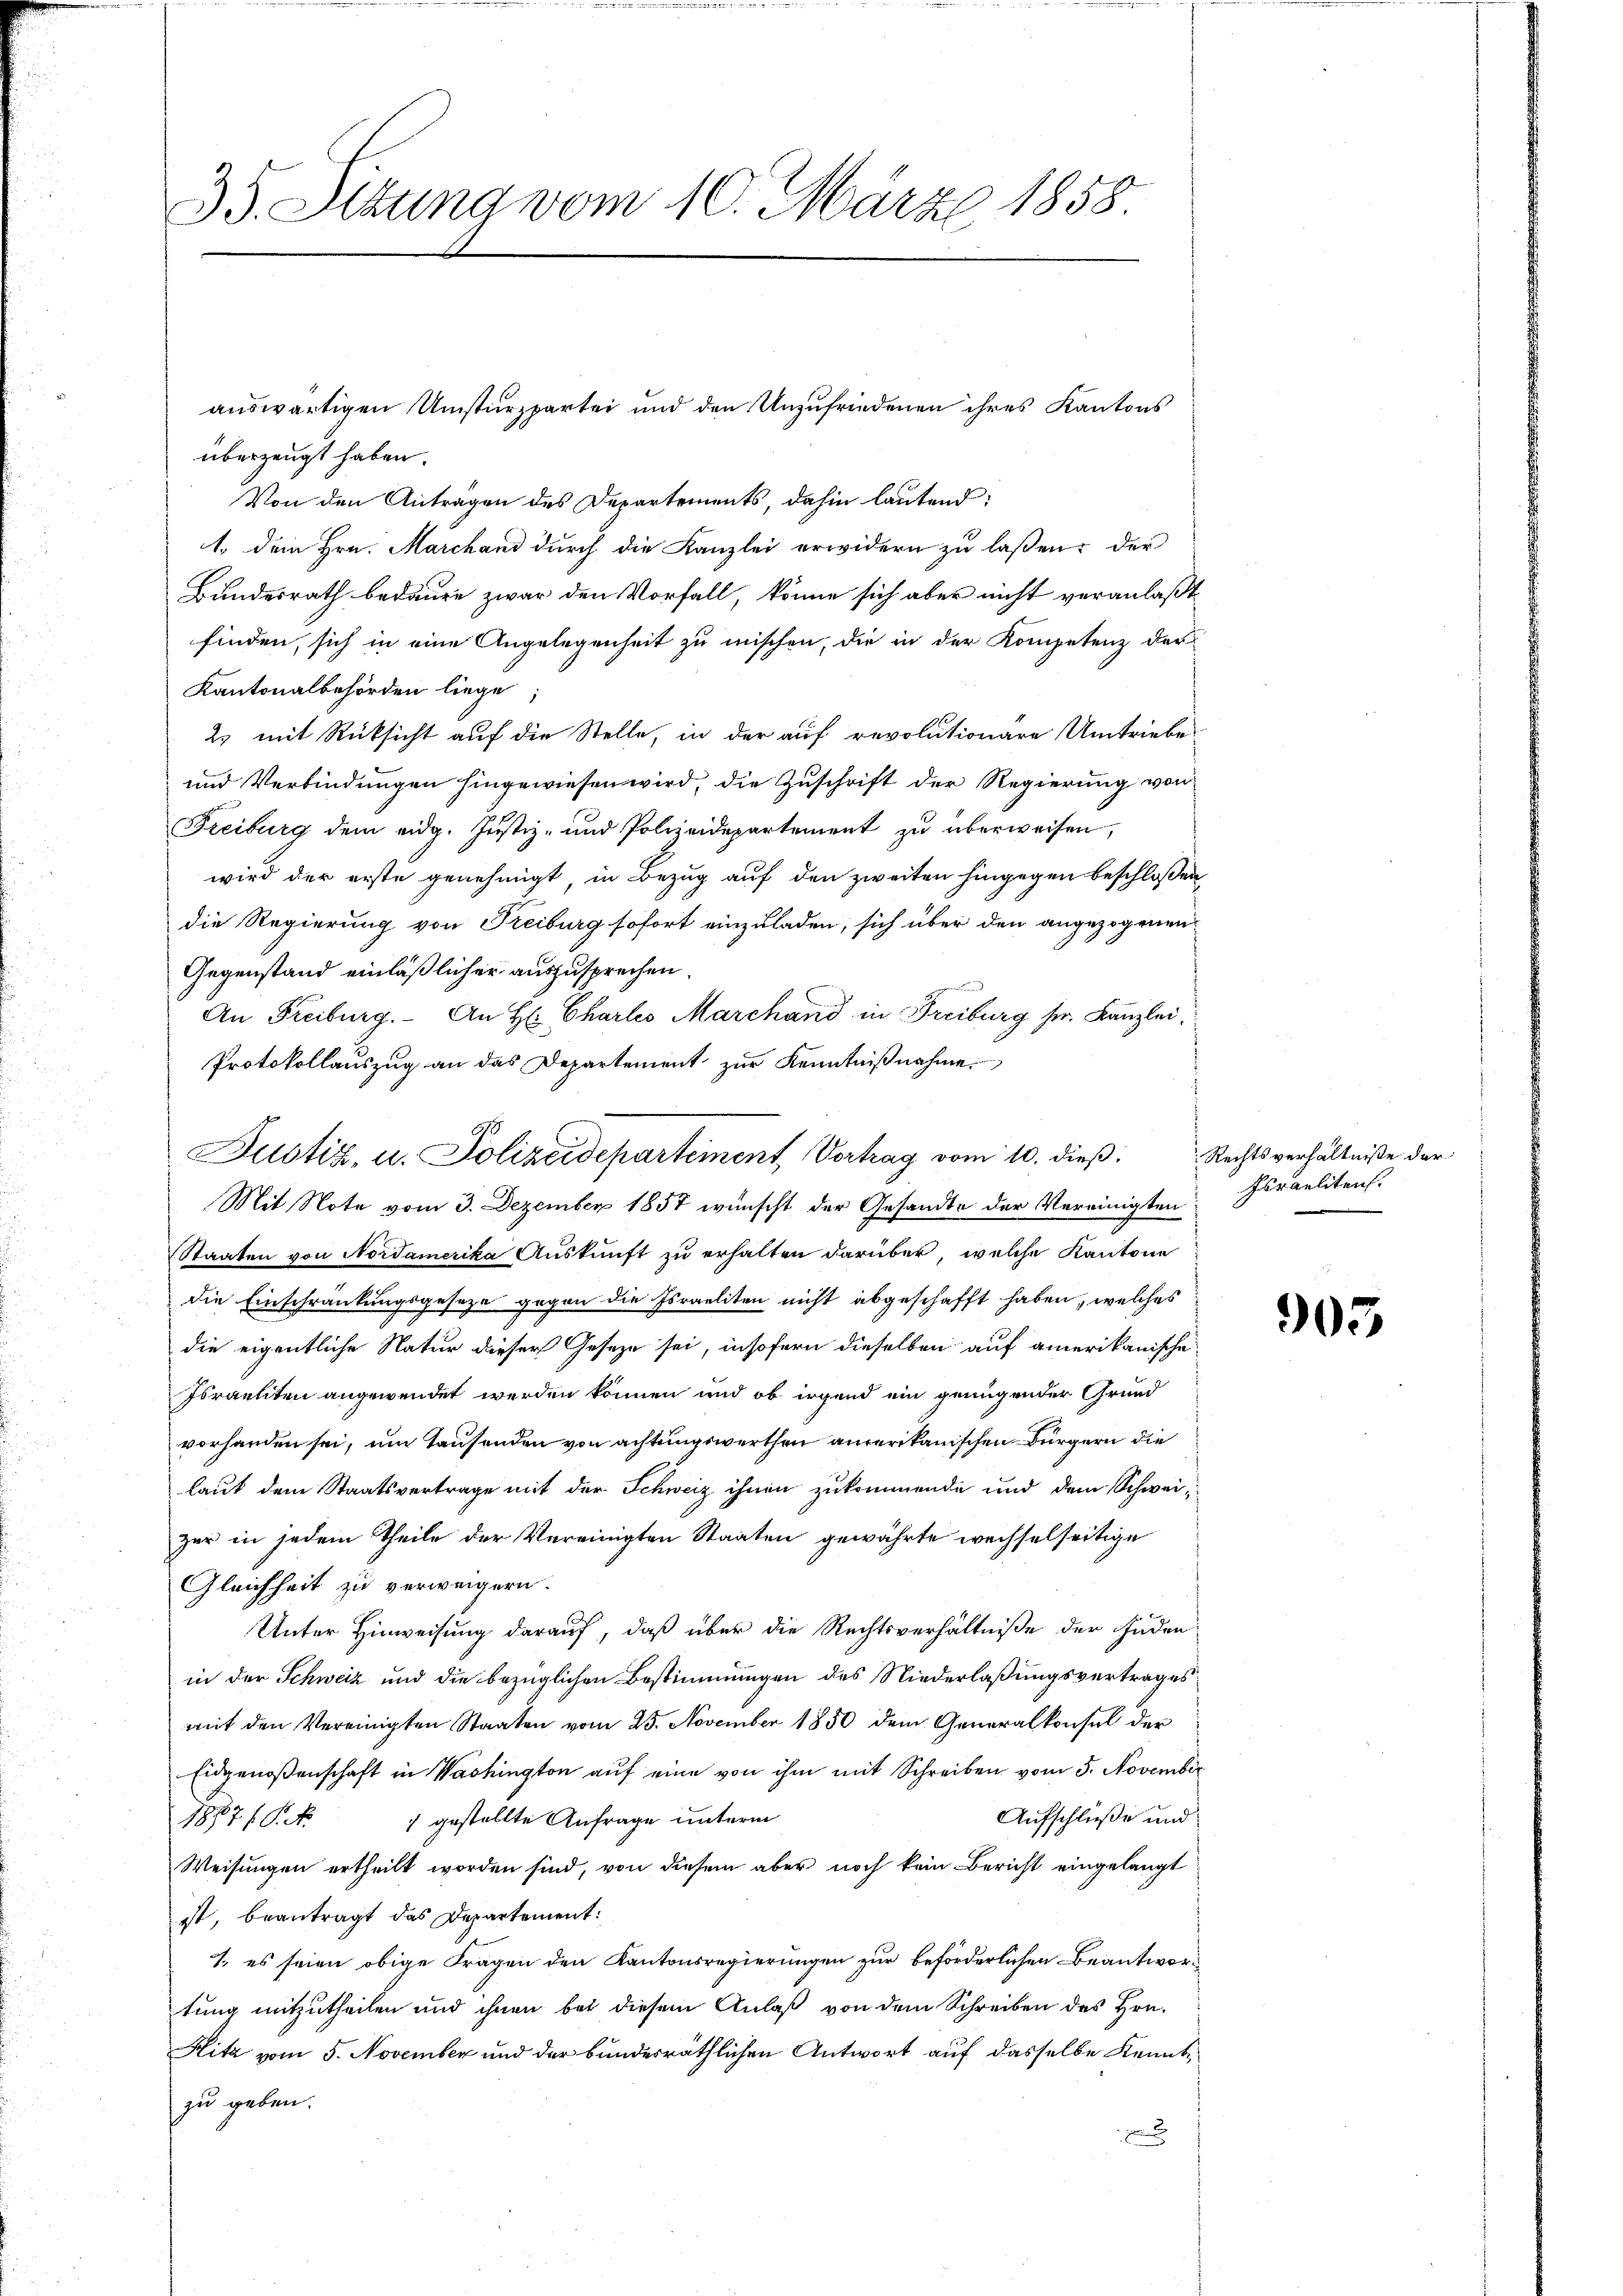
35. Stung vom 10. März 1858.

überzeugt haben.
Von den Antragen des Departements, dahin lautend:
1. Dem Hrn. Marchand durch die Kanzlei erwidern zu laßen; der
Bundesrath bedaure zwar den Vorfall, könne sich aber nicht veranlaßt
finden, sich in eine Angelegenheit zu mischen, die in der Kompetenz der
Kantonalbehörden liege;
2. mit Rücksicht auf die Stelle, in der auf revolutionäre Umtriebe
und Verbindungen hingewiesen wird, die Zuschrift der Regierung von
Freiburg dem eidg. Justiz- und Polizeidepartement zŭ überweisen,
wird der erste genehmigt in Bezug auf den zweiten hingegen beschlossen
die Regierung von Freiburg sofort einzuladen, sich über den angezogenen
Gegenstand einläßlicher auszusprechen.
An Freiburg. An H: Charles Marchand in Freiburg sr. Kanzlei.
Protokollauszug an das Departement zur Kenntnißnahme
Mit Note vom 3. Dezember 1857 wünscht der Gesandte der Vereinigten
Staaten von Nordamerika Auskunft zu erhalten darüber, welche Kantone
die Einschränkungsgeseze gegen die Israeliten nicht abgeschafft haben, welches
die eigentliche Natur dieser Geseze sei, insofern dieselben auf amerikanische
Israeliten angewendet werden können und ob irgend ein genügender Grund
vorhanden sei, um Tausenden von achtungswerthen amerikanischen Bürgern die
laut dem Staatsvertrage mit der Schweiz ihnen zukommende und dem Schweizer in jedem Theile der Vereinigten Staaten gewährte wechselseitige
Gleichheit zu verweigern.
Unter Hinweisung darauf, daß über die Rechtsverhältniße der Juden
in der Schweiz und die bezüglichen Bestimmungen des Niederlaßungsvertrages
mit den Vereinigten Staaten vom 25. November 1850 dem Generalkonsul der
Eidgenoßenschaft in Washington aŭf eine von ihm mit Schreiben vom 5. November
Aufschlüße und
1887 ff. 1 gestellte Anfrage unterm
Weisungen ertheilt worden sind, von diesem aber noch kein Bericht eingelangt
ist, beantragt das Departement:
1. es seien obige Fragen den Kantonsregierungen zur beförderlichen Beantwortung mitzutheilen und ihnen bei diesem Anlaß von dem Schreiben des Hrn.
Hitz vom 5. November und der bundesräthlichen Antwort auf dasselbe Kenntzu geben.

auswärtigen Umsturzpartei und den Unzufriedenen ihres Kantons

Justiz, u. Polizeidepartement, Vortrag vom 10. dieß: Rechtsverhältniße der

Israeliten.

903.